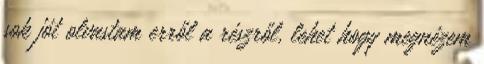
sok jót olvastam erről a részről, lehet hogy megnézem